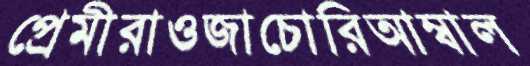
প্রেমীরাওজাচোরিআম্বাল